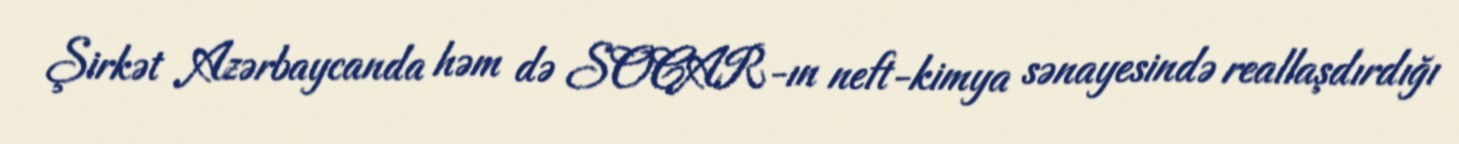
Şirkət Azərbaycanda həm də SOCAR-ın neft-kimya sənayesində reallaşdırdığı